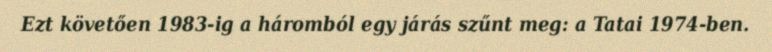
Ezt követően 1983-ig a háromból egy járás szűnt meg: a Tatai 1974-ben.